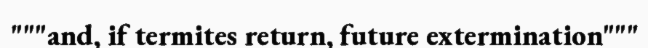
"""and, if termites return, future extermination"""